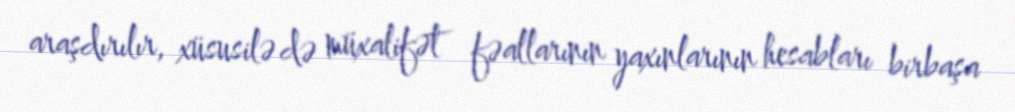
araşdırılır, xüsusilə də müxalifət fəallarının yaxınlarının hesabları birbaşa